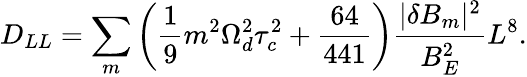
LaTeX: D_{LL}=\sum_{m}\left(\frac{1}{9}m^{2}\Omega_{d}^{2}\tau_{c}^{2}+\frac{64}{441}\right)\frac{|\delta B_{m}|^{2}}{B_{E}^{2}}L^{8}.